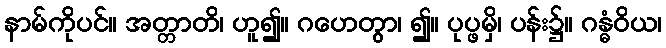
နာမ်ကိုပင်။ အတ္တာတိ၊ ဟူ၍။ ဂဟေတွာ၊ ၍။ ပုပ္ဖမှိ၊ ပန်း၌။ ဂန္ဓံဝိယ၊